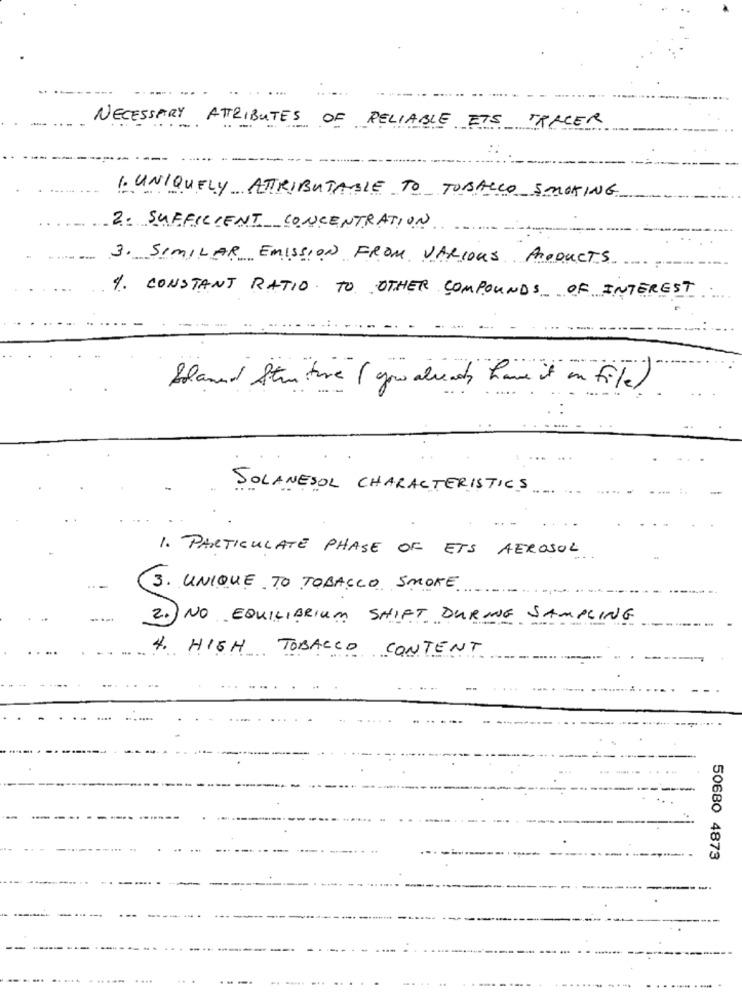
. ...
NECESSARY ATTRIBUTES OF RELIABLE ETS TRACER
1. UNIQUELY ATTRIBUTABLE TO TOBACCO SMOKING
2. SUFFICIENT CONCENTRATION
3. SIMILAR EMISSION FROM VARIOUS PRODUCTS
1. CONSTANT RATIO TO OTHER COMPOUNDS OF INTEREST
holand Str ative ( you already have it in file ).
SOLANESOL CHARACTERISTICS
1. PARTICULATE PHASE OF ETS AEROSOL
3. UNIQUE TO TOBACCO SMOKE
2.) NO EQUILIBRIUM SHIFT DURING SAMPLING
4. HIGH TOBACCO CONTENT
50680 4873
....